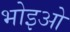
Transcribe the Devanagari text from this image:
भोइओ